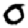
Digit: 0